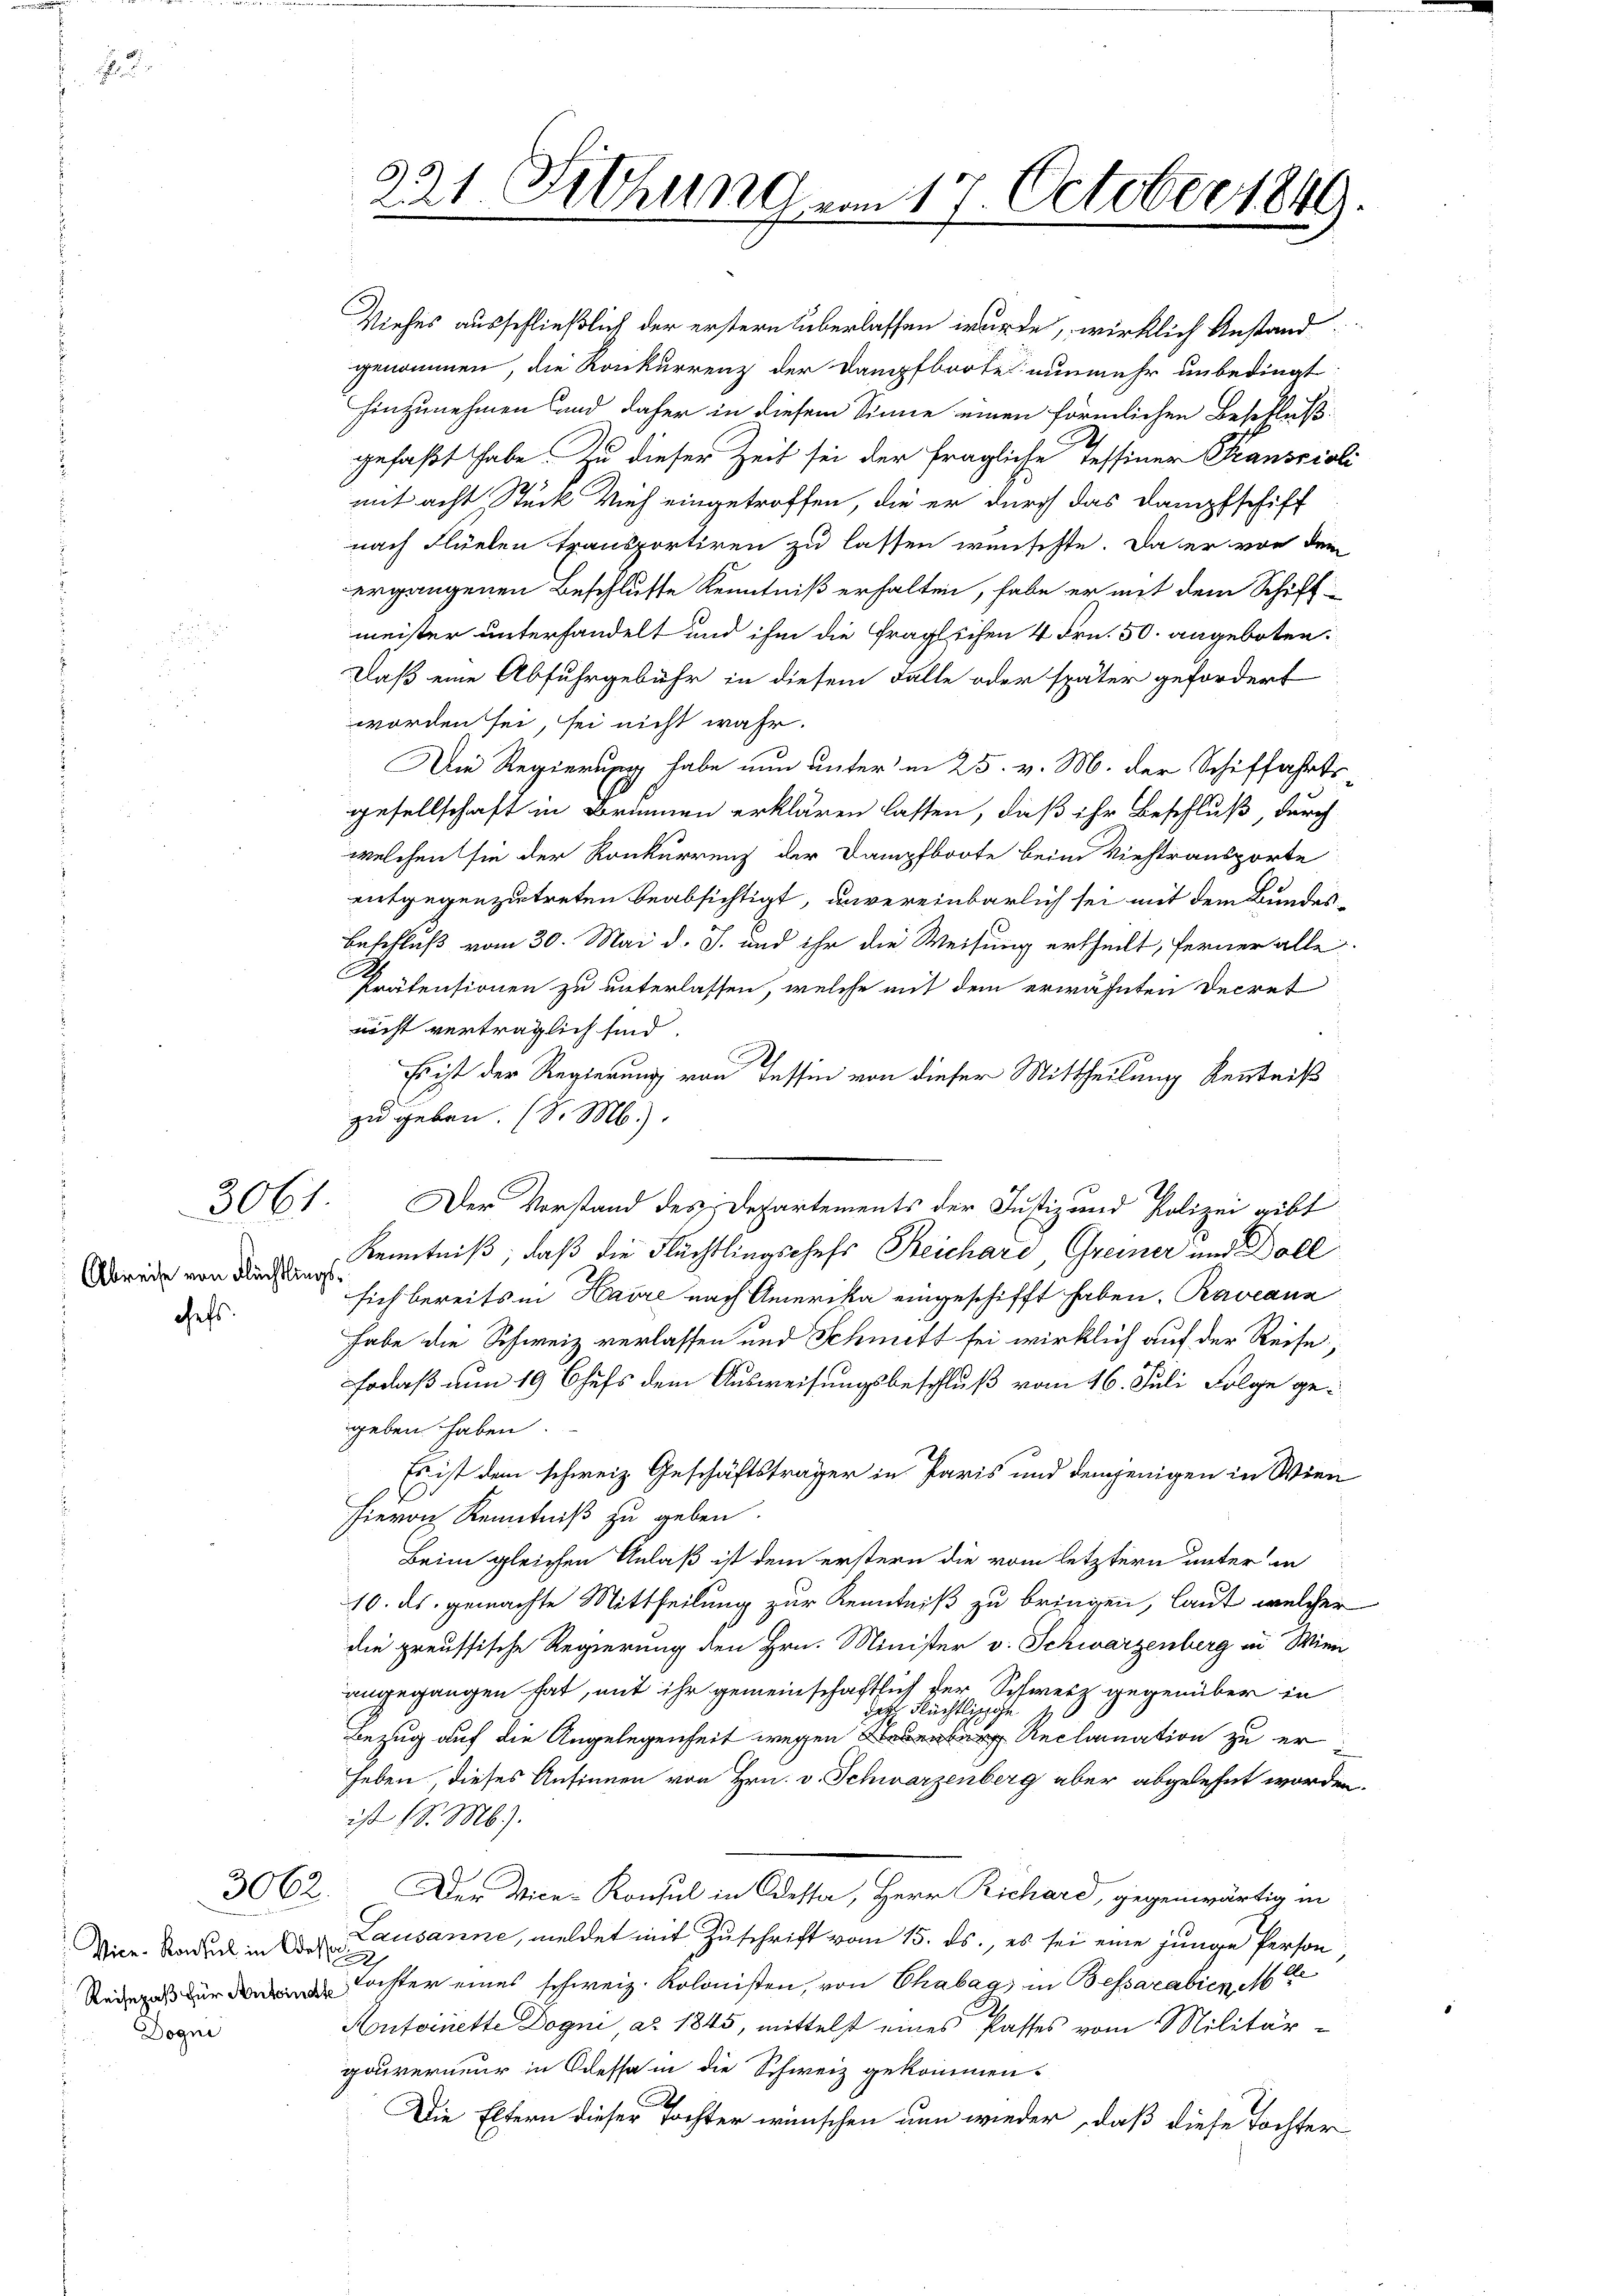
F

chefs.

3061.
Abreise von Flüchtlings¬

Daß eine Abfuhrgebühr in diesem Falle oder später gefordert
worden sei, sei nicht wahr.
Die Regierung habe nun unterm 25. v. M. der Schiffahrts
gesellschaft in Brunnen erklären lassen, daß ihr Beschluß, durch
welchen sie der Konkurrenz der Dampfboote beim Viehtransporte
entgegenzutreten beabsichtigt, unvereinbarlich sei mit dem Bundes¬
Beschluß vom 30. Mai d. J. und ihr die Weisung ertheilt, ferner alle
Prätensionen zu unterlassen, welche mit dem erwähnten Decret
nicht verträglich sind.
2
Es ist der Regierung von Tessin von dieser Mittheilung Kenntniß
zu geben. (l. M.).
Der Vorstand des Departements der Justiz und Polizei gibt
Kenntniß, daß die Flüchtlingschefs Reichard, Greiner und Doll
sich bereits in Havre nach Amerika eingeschifft haben. Raveann
habe die Schweiz verlassen und Schmitt sei wirklich auf der Reise,
Fodaß vom 19 Chefs dem Ausweisungsbeschluß vom 16. Juli Folge gegeben haben.
Es ist dem schweiz. Geschäftsträger in Paris und demjenigen in Wien
hievon Kenntniß zu geben.
Beim gleichen Anlaß ist dem erstern die vom letztern unter in
10. ds. gemachte Mittheilung zur Kenntniß zu bringen, laut welcher
die preussische Regierung den Hrn. Minister v. Schwarzenberg in Wien
angegangen hat, mit ihr gemeinschaftlich der Schweiz gegenüber in
dah Rächtliche
Bezug auf die Angelegenheit wegen Reclamation zu er
heben, dieses Ansinnen von Hrn. v. Schwarzenberg aber abgelehnt worden.
ist (S. Mb).
Der Vice-Konsul in Odessa, Herr Richard, gegenwärtig in
Lausanne, meldet mit Zuschrift vom 15. ds., es sei eine junge Person
2
 Laster eines schweiz. Kolonisten, von Chabags in Bessarabien M
Aontoinette Dogni, a. 1845, mittelst eines Passes vom Militär-
gouverneur in Kessa in die Schweiz gekommen.
Die Eltern dieser Tochter wünschen nun wieder, daß diese Tochter

3062.

Vice-Konsul in Odessor
Dogni

Viehes ausschließlich der erstern überlassen wurde, wirklich Anstand
genommen, die Konkurrenz der Dampfboote nunmehr unbedingt
hinzunehmen und daher in diesem Sinne einen förmlichen Beschluß
gefaßt habe. Zu dieser Zeit sei der fragliche Tessiner Transcioli
mit acht Stück Vieh eingetroffen, die er durch das Dampfschiff
nach Flüelen transportiren zu lassen wünschte. Da er von dem
ergangenen Beschluße Kenntniß erhalten, habe er mit dem Schiffmeister unterhandelt und ihm die fraglichen 4 Fr. 50. angeboten.

321. Fichung vom 17. October 1849.